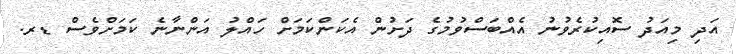
އަދި މިއަދު ސޮއިކުރެވުނު އެއްބަސްވުމުގެ ދަށުން އެކަންކަމަށް ހައްލު އަންނާނެ ކަމަށްވެސް ޑރ.